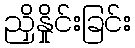
ညှိနှိုင်းခြင်း